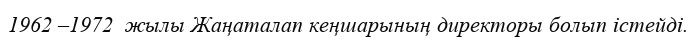
1962 –1972  жылы Жаңаталап кеңшарының директоры болып істейді.